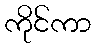
ကိုင်ကာ